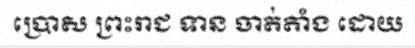
ប្រោស ព្រះរាជ ទាន ចាត់តាំង ដោយ